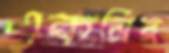
একনির